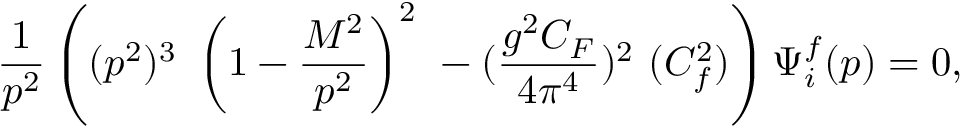
\frac { 1 } { p ^ { 2 } } \left( ( p ^ { 2 } ) ^ { 3 } \ \left( 1 - \frac { M ^ { 2 } } { p ^ { 2 } } \right) ^ { 2 } \ - ( \frac { g ^ { 2 } C _ { F } } { 4 \pi ^ { 4 } } ) ^ { 2 } \ ( C _ { f } ^ { 2 } ) \right) \Psi _ { i } ^ { f } ( p ) = 0 ,